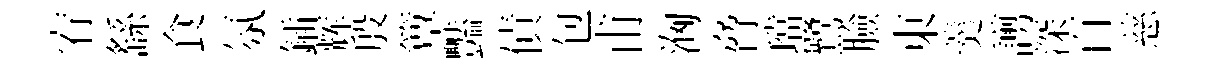
宥繇食氛鍤辉殷簟豔債包甫洶脅璫鷺臉東羹謭深百慈